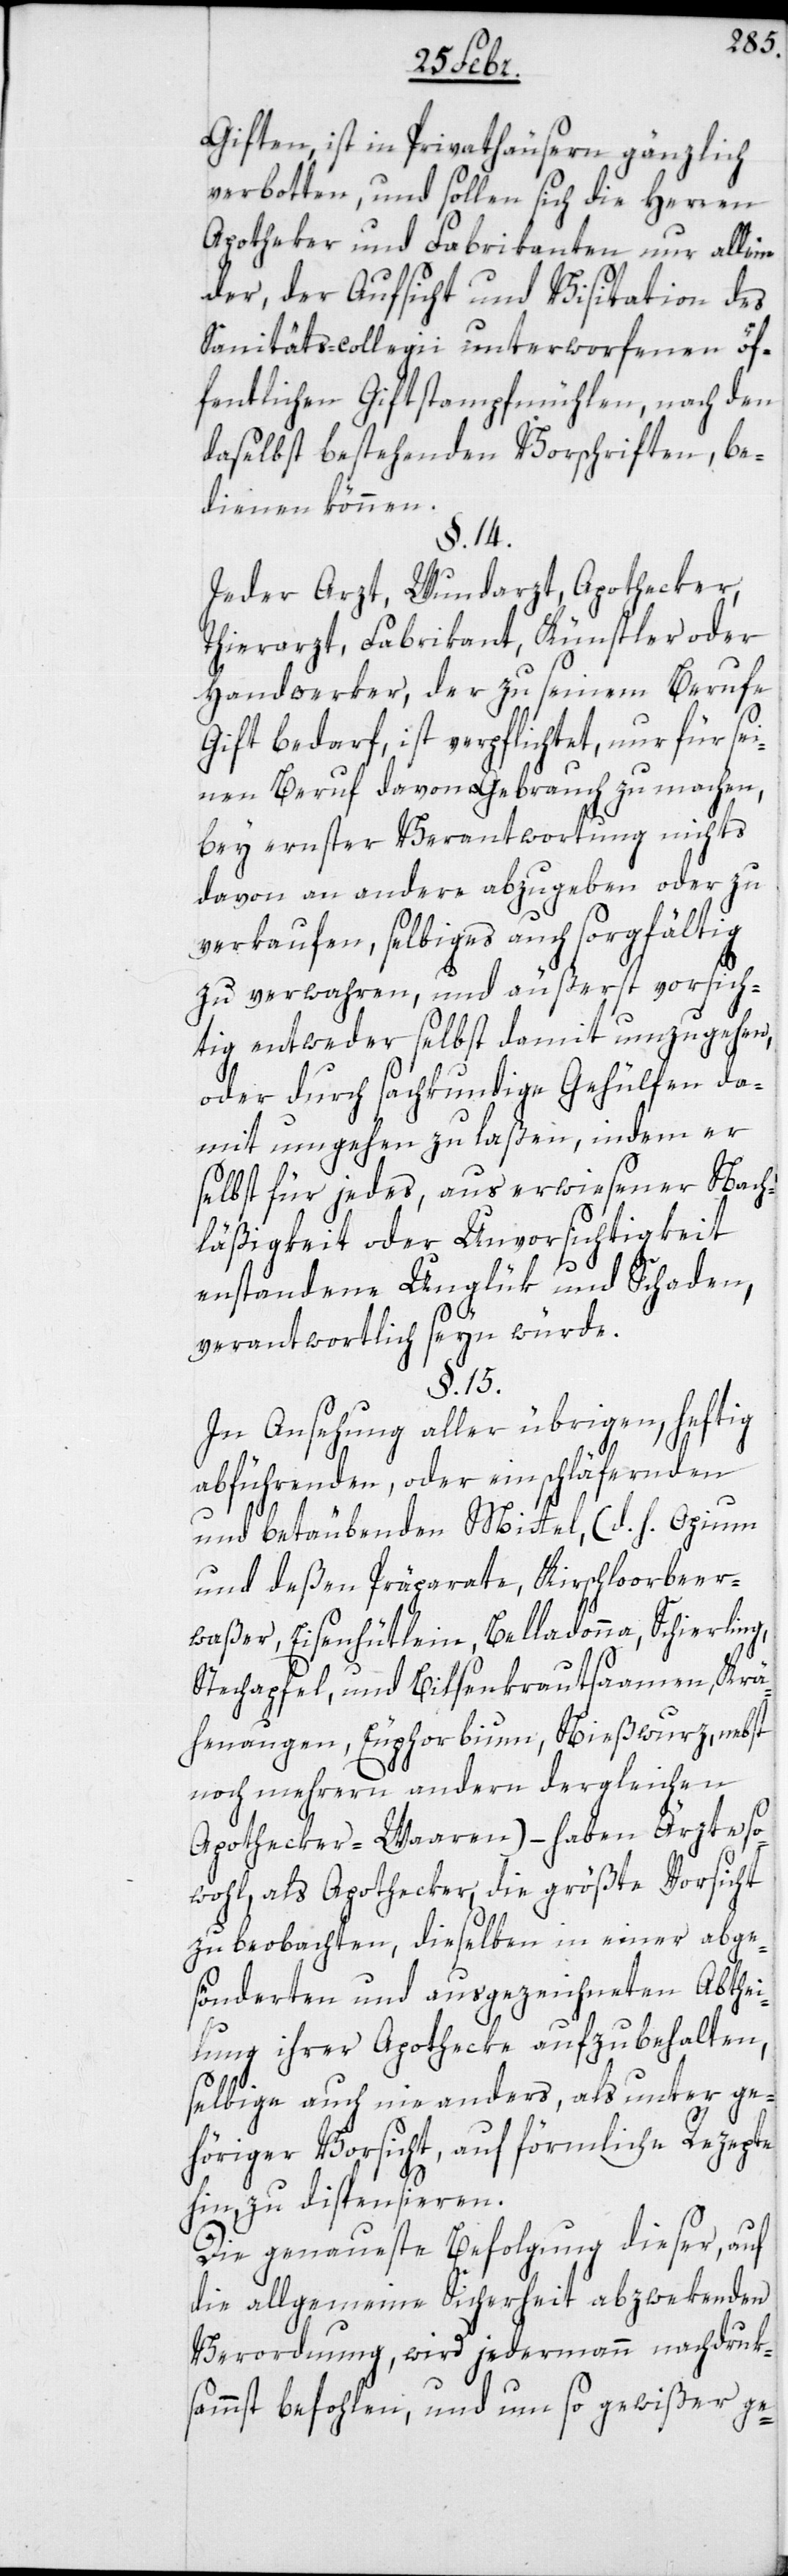
Giften, ist in Privathäusern gänzlich
verbotten, und sollen sich die Herren
Apotheker und Fabrikanten nur allein
der, der Aufsicht und Visitation des
Sanitäts-Collegii unterworfenen öf¬
fentlichen Giftstampfmühlen, nach den
daselbst bestehenden Vorschriften, be¬
dienen können.
§. 14.
Jeder Arzt, Wundarzt, Apothecker,
Thierarzt, Fabrikant, Künstler oder
Handwerker, der zu seinem Berufe
Gift bedarf, ist verpflichtet, nur für sei¬
nen Beruf davon Gebrauch zu machen,
bey ernster Verantwortung nichts
davon an andere abzugeben oder zu
verkaufen, selbiges auch sorgfältig
zu verwahren, und äußerst vorsich¬
tig entweder selbst damit umzugehen,
oder durch sachkundige Gehülfen da¬
mit umgehen zu laßen, indem er
selbst für jedes, aus erwiesener Nach¬
läßigkeit oder Unvorsichtigkeit
entstandene Unglük und Schaden,
verantwortlich seyn würde.
§. 15.
In Ansehung aller übrigen, heftig
abführenden, oder einschläfernden
und betäubenden Mittel, (d. h. Opium
und deßen Präparate, Kirschloorbeer¬
waßer, Eisenhütlein, Belladonna, Schierling,
Stechapfel und Bilsenkrautsaamen, Krä¬
henaugen, Euphorbium, Nießwurz, nebst
noch mehrern andern dergleichen
Apothecker-Waaren) – haben Ärzte so¬
wohl, als Apothecker, die größte Vorsicht
zu beobachten, dieselben in einer abge¬
sönderten und ausgezeichneten Abthei¬
lung ihrer Apothecke aufzubehalten,
selbige auch nie anders als unter ge¬
höriger Vorsicht, auf förmliche Rezepte
hin, zu dispensieren.
Die genaueste Befolgung dieser, auf
die allgemeine Sicherheit abzwekenden
Verordnung, wird jedermann nachdruck¬
sammst befohlen, und um so gewißer ge-